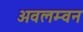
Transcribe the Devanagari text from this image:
अवलम्वन